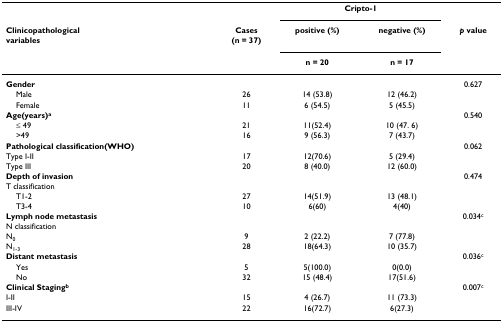
|  |  | <COLSPAN=2> Cripto-1 |  |
 | Clinicopathologicalvariables | Cases(n = 37) | positive (%) | negative (%) | p value |
 |  |  | n = 20 | n = 17 |  |
 | --- | --- | --- | --- | --- |
 | Gender |  |  |  | 0.627 |
 | Male | 26 | 14 (53.8) | 12 (46.2) |  |
 | Female | 11 | 6 (54.5) | 5 (45.5) |  |
 | Age(years)a |  |  |  | 0.540 |
 | ≤ 49 | 21 | 11(52.4) | 10 (47. 6) |  |
 | >49 | 16 | 9 (56.3) | 7 (43.7) |  |
 | Pathological classification(WHO) |  |  |  | 0.062 |
 | Type I-II | 17 | 12(70.6) | 5 (29.4) |  |
 | Type III | 20 | 8 (40.0) | 12 (60.0) |  |
 | Depth of invasionT classification |  |  |  | 0.474 |
 | T1-2 | 27 | 14(51.9) | 13 (48.1) |  |
 | T3-4 | 10 | 6(60) | 4(40) |  |
 | Lymph node metastasisN classification |  |  |  | 0.034c |
 | N0 | 9 | 2 (22.2) | 7 (77.8) |  |
 | N1-3 | 28 | 18(64.3) | 10 (35.7) |  |
 | Distant metastasis |  |  |  | 0.036c |
 | Yes | 5 | 5(100.0) | 0(0.0) |  |
 | No | 32 | 15 (48.4) | 17(51.6) |  |
 | Clinical Stagingb |  |  |  | 0.007c |
 | I-II | 15 | 4 (26.7) | 11 (73.3) |  |
 | III-IV | 22 | 16(72.7) | 6(27.3) |  |